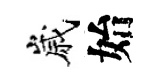
嵗始